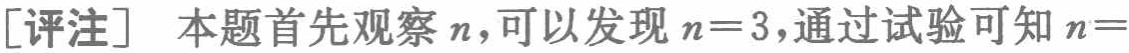
[评注] 本题首先观察 \(n\)，可以发现 \(n = 3\)，通过试验可知 \(n=\)